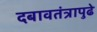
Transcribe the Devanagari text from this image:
दबावतंत्रापुढे